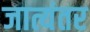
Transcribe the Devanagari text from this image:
जात्यंतर